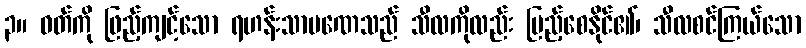
၃။ ဝတ်ကို ဖြည့်ကျင့်သော ရဟန်းသာမဏေသည် သီလကိုလည်း ပြည့်စေနိုင်၏၊ သီလစင်ကြယ်သော